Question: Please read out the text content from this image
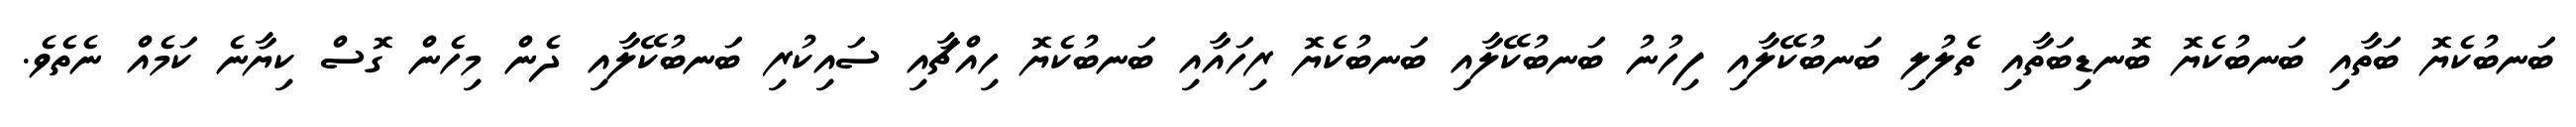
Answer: ބަނބުކެޔޮ ބަތާއި ބަނބުކެޔޮ ބޮނޑިބަތާއި ތެލުލި ބަނބުކޭލާއި ފިހުނު ބަނބުކޭލާއި ބަނބުކެޔޮ ރިހައާއި ބަނބުކެޔޮ ހިއްޗާއި ސައިކުރި ބަނބުކޭލާއި ދެން މިހެން ގޮސް ކިޔާނެ ކަމެއް ނެތެވެ.